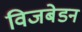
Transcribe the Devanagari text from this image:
विजबेडन